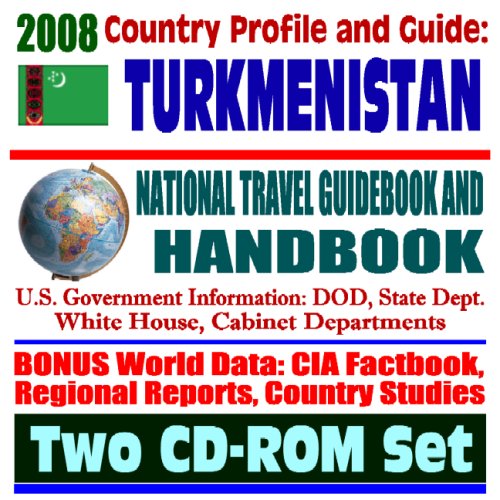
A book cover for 2008 Country Profile and Guide to Turkmenistan - National Travel Guidebook and Handbook - USAID, Caspian Sea Diplomacy, Pipelines, LNG, Energy (Two CD-ROM Set); U.S. Government; Travel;